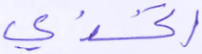
اتخذي